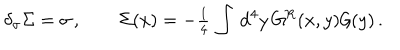
\delta _ { \sigma } \Sigma = \sigma \, , \qquad \Sigma ( x ) = - { \textstyle \frac { 1 } { 4 } } \, \int \, \mathrm { d } ^ { 4 } y \, G ^ { \mathrm { R } } ( x , y ) { \cal G } ( y ) \, .